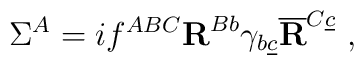
\Sigma^A = i f^{ABC}{\bf R}^{Bb}\gamma_{b\underline c}\overline {\bf R}^{C\underline c}\ ,